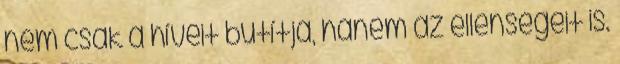
nem csak a híveit butítja, hanem az ellenségeit is.